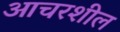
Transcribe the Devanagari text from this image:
आचरशील